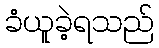
ခံယူခဲ့ရသည်